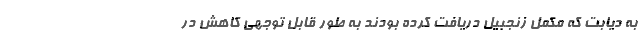
به دیابت که مکمل زنجبیل دریافت کرده بودند به طور قابل توجهی کاهش در